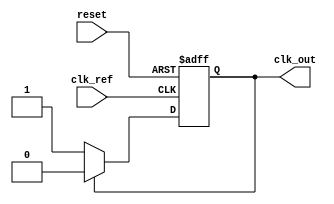
module parameterized_pll #(
    parameter F_REF = 50_000_000,  // Reference Frequency in Hz
    parameter F_OUT = 100_000_000,  // Output Frequency in Hz
    parameter DIV_RATIO = 2,         // Division Ratio
    parameter VCO_FREQ_MIN = 50_000_000, // Minimum VCO Frequency
    parameter VCO_FREQ_MAX = 200_000_000, // Maximum VCO Frequency
    parameter VCO_SENSITIVITY = 1_000_000  // VCO Sensitivity in Hz/V
)(
    input wire clk_ref,              // Reference Clock Input
    input wire reset,                // Reset Signal
    output reg clk_out               // Output Clock
    );

    // Internal Signals
    reg [31:0] vco_output;           // VCO Output
    reg [31:0] control_voltage;      // Control Voltage from Loop Filter
    reg phase_error;                 // Phase Error Signal
    reg [31:0] feedback;             // Feedback from Divider

    // Phase Detector (PD)
    always @(posedge clk_ref or posedge reset) begin
        if (reset) begin
            phase_error <= 0;
        end else begin
            // Basic Phase Detector logic
            // Compare reference clock with feedback
            if (clk_ref) begin
                phase_error <= 1; // For example purposes, assume an error is detected
            end else begin
                phase_error <= 0;
            end
        end
    end

    // Loop Filter (Simple Integrator)
    always @(posedge clk_ref or posedge reset) begin
        if (reset) begin
            control_voltage <= 0;
        end else begin
            control_voltage <= control_voltage + (phase_error ? 1 : -1);
        end
    end

    // Voltage-Controlled Oscillator (VCO)
    always @(posedge clk_ref or posedge reset) begin
        if (reset) begin
            vco_output <= VCO_FREQ_MIN;
            clk_out <= 0;
        end else begin
            // Adjust VCO frequency based on control voltage
            if (control_voltage > 0) begin
                vco_output <= vco_output + VCO_SENSITIVITY; // Increase frequency
            end else begin
                vco_output <= vco_output - VCO_SENSITIVITY; // Decrease frequency
            end
            
            // Generate output clock signal based on VCO output
            if (vco_output > VCO_FREQ_MAX) begin
                vco_output <= VCO_FREQ_MAX; // Clamp to max frequency
            end else if (vco_output < VCO_FREQ_MIN) begin
                vco_output <= VCO_FREQ_MIN; // Clamp to min frequency
            end
            
            // Output clock generation logic (simplified)
            if (clk_out) begin
                clk_out <= 0;
            end else begin
                clk_out <= 1;
            end
        end
    end

    // Feedback Divider
    always @(posedge clk_ref or posedge reset) begin
        if (reset) begin
            feedback <= 0;
        end else begin
            feedback <= feedback + 1;
            if (feedback >= DIV_RATIO) begin
                feedback <= 0;  // Reset feedback counter
                // Send feedback to phase detector here if needed
            end
        end
    end

endmodule